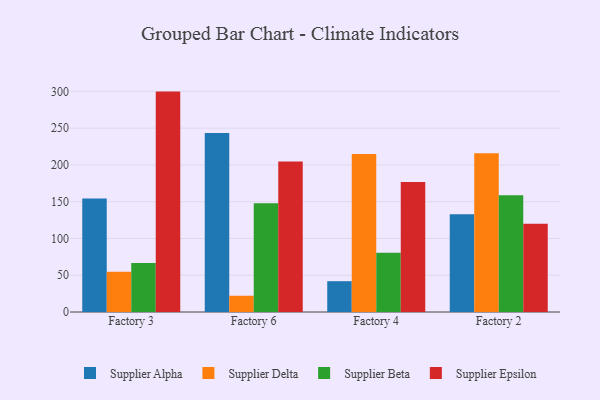
{"axis": {"x": "Factory", "y": "Budget (USD K)"}, "legend": ["Supplier Alpha", "Supplier Beta", "Supplier Delta", "Supplier Epsilon"], "data": [{"x": "Factory 3", "y": 154.4, "type": "Supplier Alpha"}, {"x": "Factory 3", "y": 54.8, "type": "Supplier Delta"}, {"x": "Factory 3", "y": 66.7, "type": "Supplier Beta"}, {"x": "Factory 3", "y": 299.7, "type": "Supplier Epsilon"}, {"x": "Factory 6", "y": 243.4, "type": "Supplier Alpha"}, {"x": "Factory 6", "y": 22.1, "type": "Supplier Delta"}, {"x": "Factory 6", "y": 147.9, "type": "Supplier Beta"}, {"x": "Factory 6", "y": 204.7, "type": "Supplier Epsilon"}, {"x": "Factory 4", "y": 41.9, "type": "Supplier Alpha"}, {"x": "Factory 4", "y": 214.9, "type": "Supplier Delta"}, {"x": "Factory 4", "y": 80.6, "type": "Supplier Beta"}, {"x": "Factory 4", "y": 176.7, "type": "Supplier Epsilon"}, {"x": "Factory 2", "y": 132.9, "type": "Supplier Alpha"}, {"x": "Factory 2", "y": 215.8, "type": "Supplier Delta"}, {"x": "Factory 2", "y": 158.9, "type": "Supplier Beta"}, {"x": "Factory 2", "y": 119.9, "type": "Supplier Epsilon"}]}